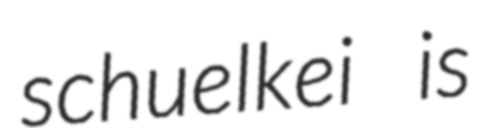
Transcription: schuelkei is